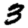
Digit: 3